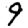
Digit: 9